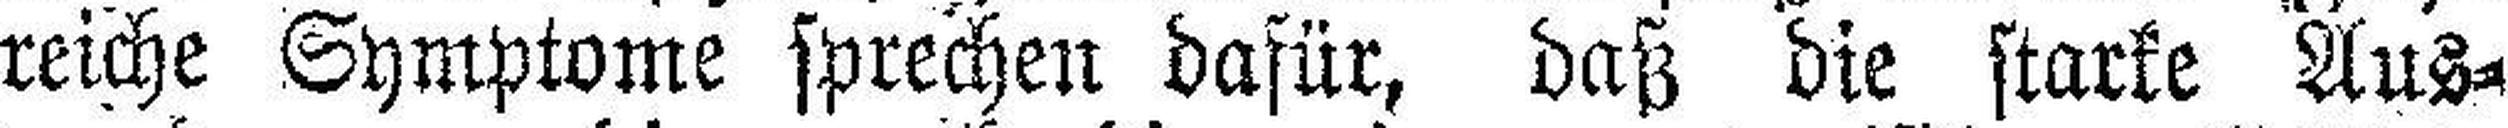
reiche Symptome sprechen dafür, daß die starke Aus¬